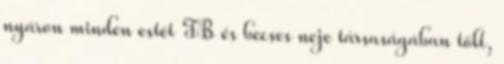
nyáron minden estét TB és becses neje társaságában tölt,